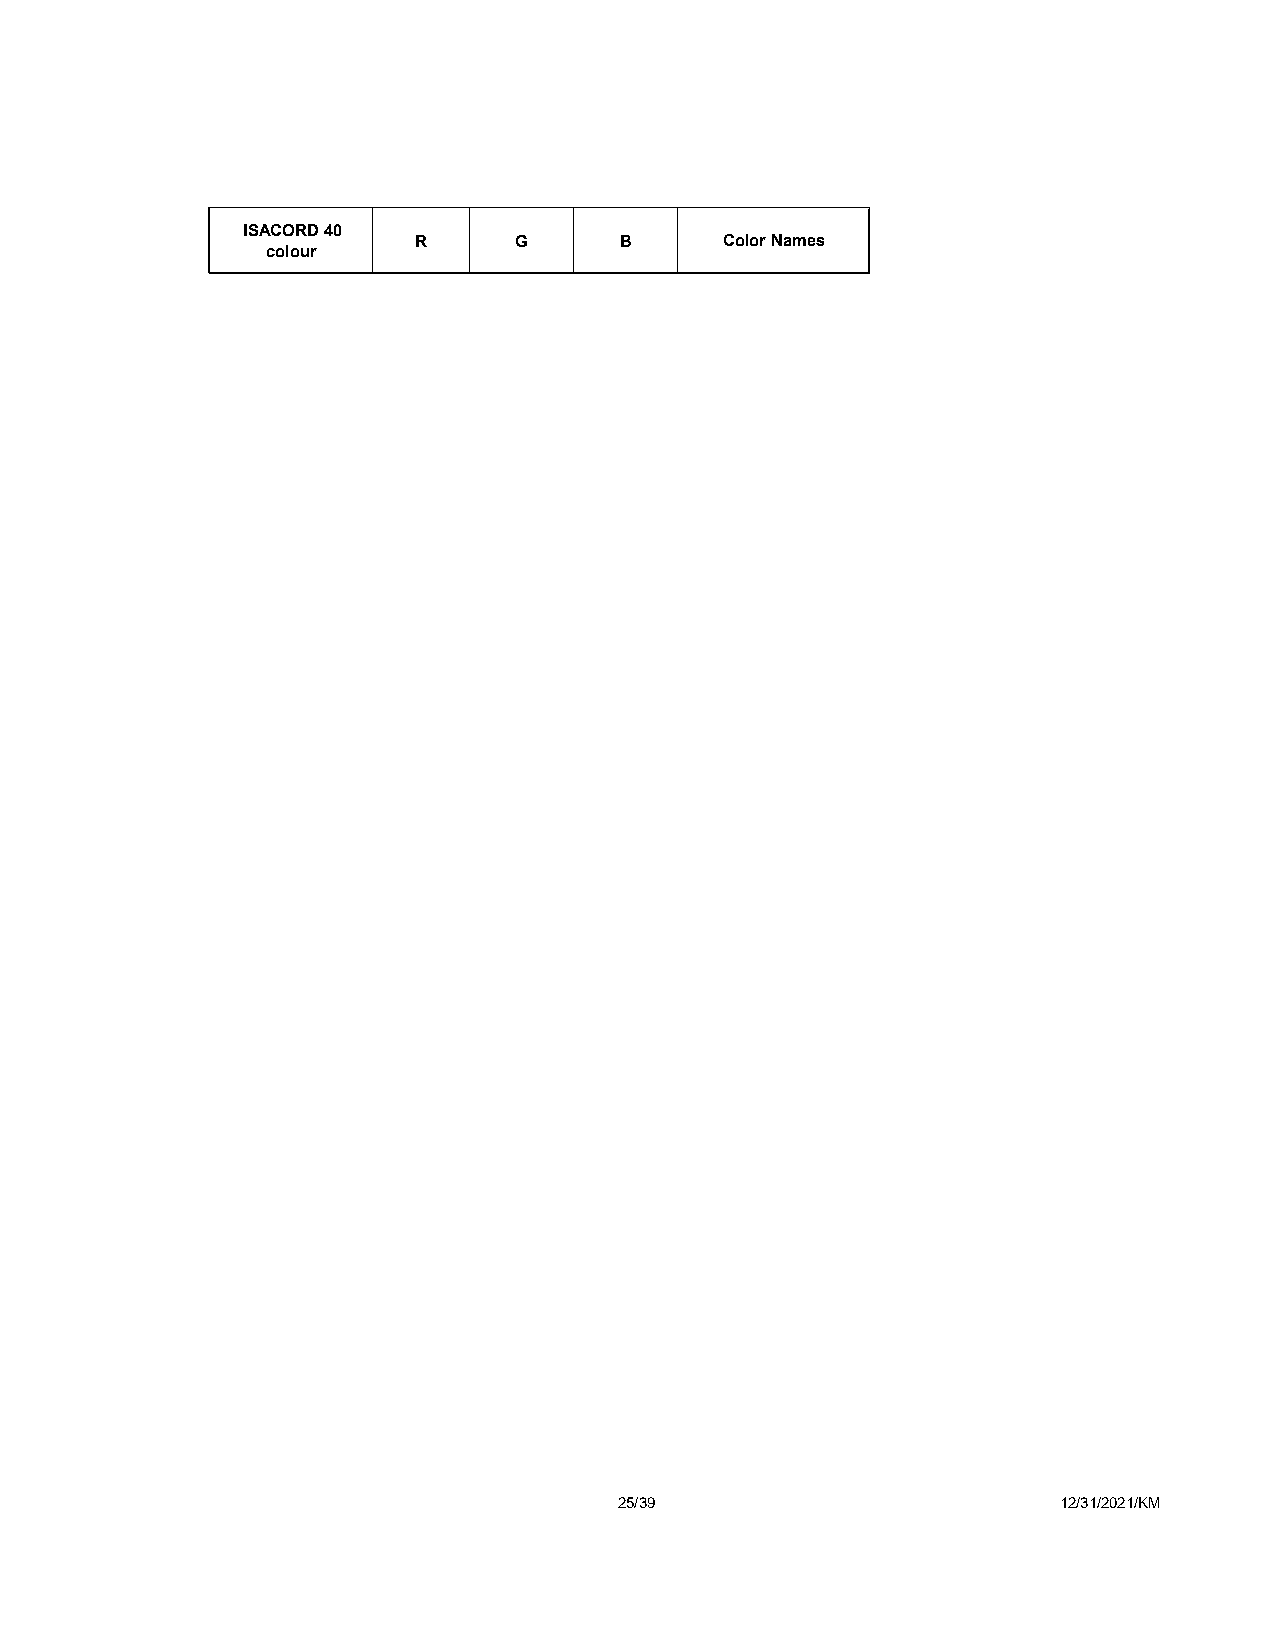
ISACORD 40
 R      G      B      Color Names
 colour
 25/39                        12/31/2021/KM